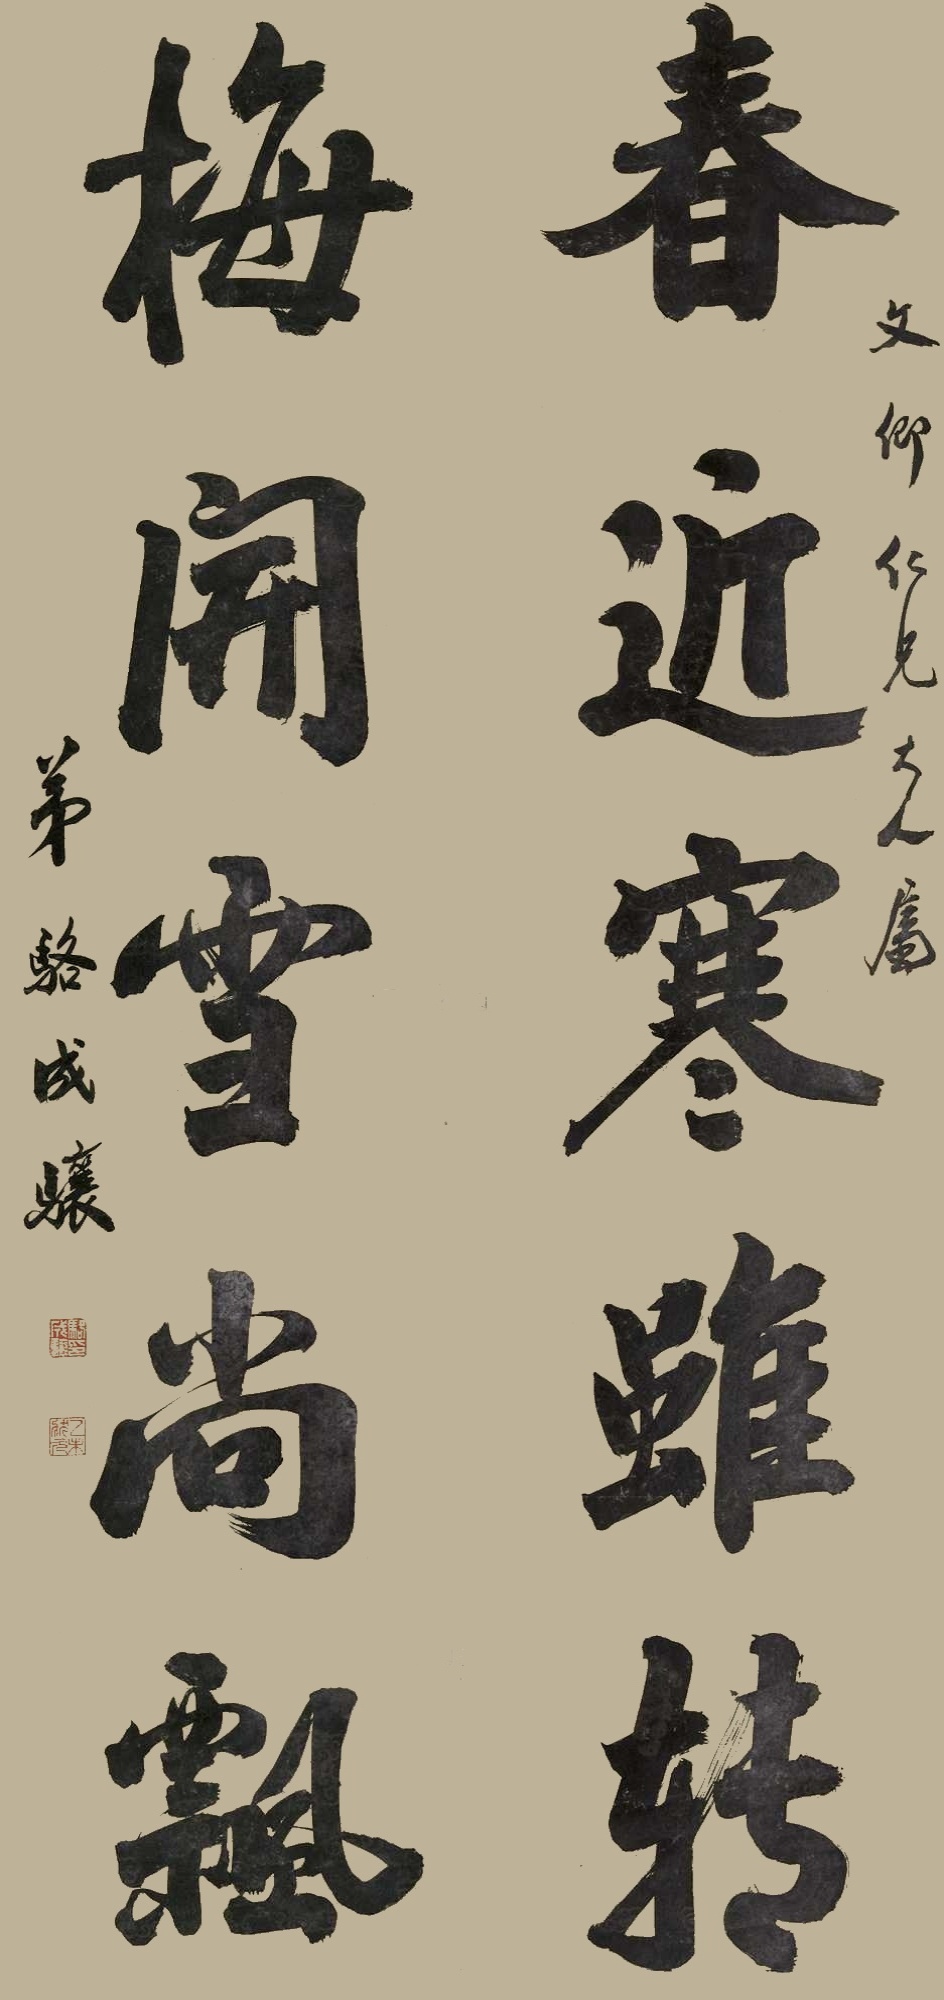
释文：春近寒虽转，梅开雪花尚飘。文仰仁兄大人书，弟骆成骧。